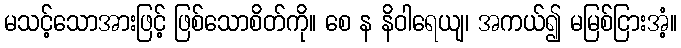
မသင့်သောအားဖြင့် ဖြစ်သောစိတ်ကို။ စေ န နိဝါရေယျ၊ အကယ်၍ မမြစ်ငြားအံ့။